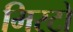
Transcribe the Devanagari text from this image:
मिरटो